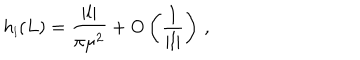
LaTeX: h _ { \scriptscriptstyle { l } } ( L ) = \frac { | l | } { \pi \mu ^ { 2 } } + \mathrm { O } \left( \frac { 1 } { | l | } \right) \, ,